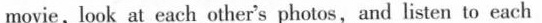
movie, look at each other's photos, and listen to each